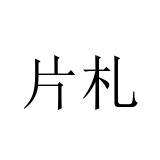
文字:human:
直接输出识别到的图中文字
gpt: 片札